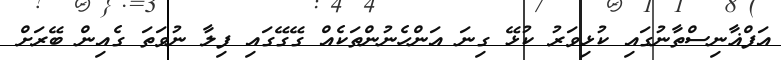
އަފްޣާނިސްތާނުގައި ކުޅިވަރު ކުޅޭ ގިނަ އަންހެނުންތަކެއް ގޭގޭގައި ފިލާ ނުވަތަ ގެއިން ބޭރަށް